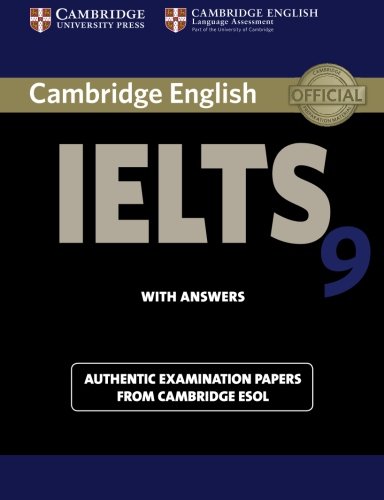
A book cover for Cambridge IELTS 9 Student's Book with Answers: Authentic Examination Papers from Cambridge ESOL (IELTS Practice Tests); Cambridge ESOL; Reference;